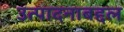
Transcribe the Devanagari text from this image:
उत्पादनाबद्दल